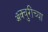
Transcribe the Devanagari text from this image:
ॲक्चुरींच्या